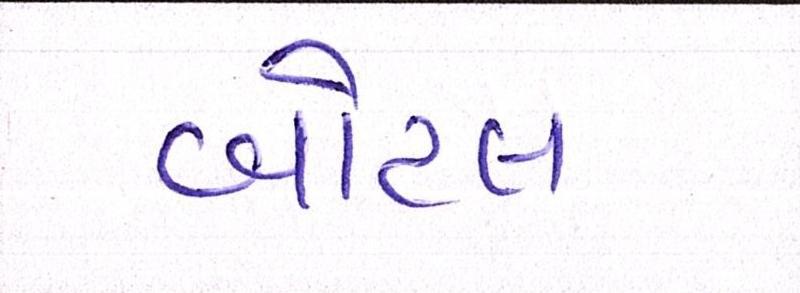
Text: બોટલ